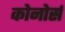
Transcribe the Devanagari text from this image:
कोनोर्स